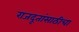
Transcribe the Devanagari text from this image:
राजदूतांसाठीचा